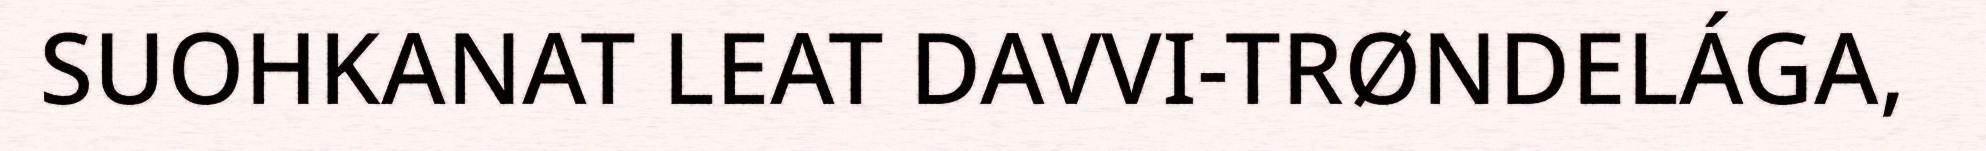
SUOHKANAT LEAT DAVVI-TRØNDELÁGA,